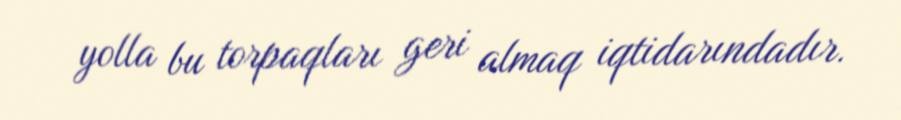
yolla bu torpaqları geri almaq iqtidarındadır.